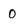
Character: 0